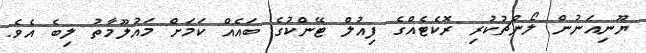
ޔޫނިއަނުން ލޯންޗުކުރި ރޮކެޓެއްގެ ފިއުލް ޓޭންކުގެ ބައެއް ކަމަށް މައުލޫމާތު ލިބެ އެވެ.